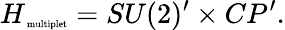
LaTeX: H_{\mathrm{\tiny~multiplet}}=SU(2)^{\prime}\times CP^{\prime}.